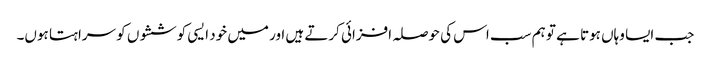
جب ایسا وہاں ہوتا ہے تو ہم سب اس کی حوصلہ افزائی کرتے ہیں اور میں خود ایسی کوششوں کو سراہتا ہوں۔